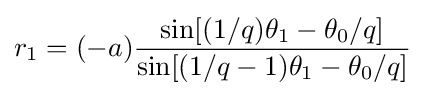
r_{1}=(-a){\frac {\sin[(1/q)\theta _{1}-\theta _{0}/q]}{\sin[(1/q-1)\theta _{1}-\theta _{0}/q]}}\!